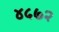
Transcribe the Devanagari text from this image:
४५७२